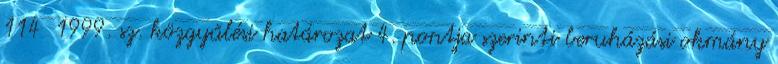
114 1999. sz. közgyűlési határozat 4. pontja szerinti beruházási okmány